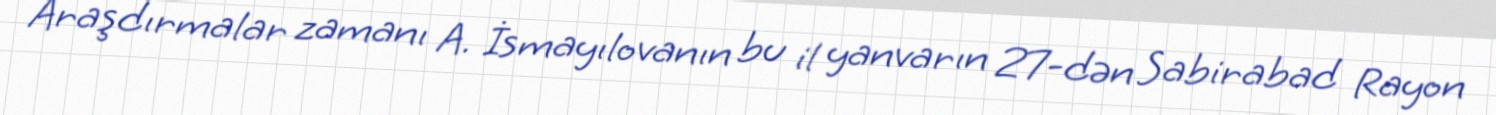
Araşdırmalar zamanı A. İsmayılovanın bu il yanvarın 27-dən Sabirabad Rayon